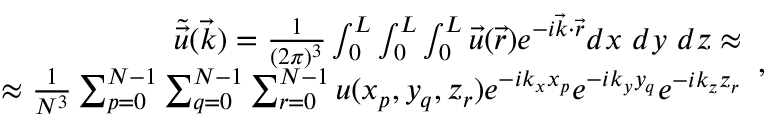
\begin{array} { r } { \tilde { \Vec { u } } ( \Vec { k } ) = \frac { 1 } { ( 2 \pi ) ^ { 3 } } \int _ { 0 } ^ { L } \int _ { 0 } ^ { L } \int _ { 0 } ^ { L } \Vec { u } ( \Vec { r } ) e ^ { - i \Vec { k } \cdot \Vec { r } } d x ~ d y ~ d z \approx } \\ { \approx \frac { 1 } { N ^ { 3 } } \sum _ { p = 0 } ^ { N - 1 } \sum _ { q = 0 } ^ { N - 1 } \sum _ { r = 0 } ^ { N - 1 } u ( x _ { p } , y _ { q } , z _ { r } ) e ^ { - i k _ { x } x _ { p } } e ^ { - i k _ { y } y _ { q } } e ^ { - i k _ { z } z _ { r } } } \end{array} ,